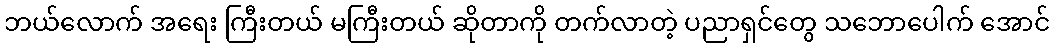
ဘယ်လောက် အရေး ကြီးတယ် မကြီးတယ် ဆိုတာကို တက်လာတဲ့ ပညာရှင်တွေ သဘောပေါက် အောင်